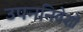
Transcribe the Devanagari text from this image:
उपननिवेशों